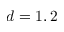
d = 1 , 2